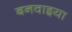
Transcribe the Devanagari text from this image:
बनवाइया